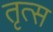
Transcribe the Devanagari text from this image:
तृत्स